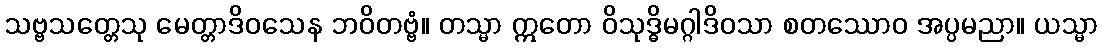
သဗ္ဗသတ္တေသု မေတ္တာဒိဝသေန ဘဝိတဗ္ဗံ။ တသ္မာ ဣတော ဝိသုဒ္ဓိမဂ္ဂါဒိဝသာ စတဿောဝ အပ္ပမညာ။ ယသ္မာ